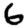
Digit: 6